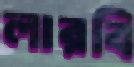
লারবি